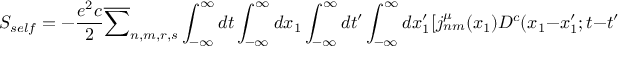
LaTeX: S _ { s e l f } = - \frac { e ^ { 2 } c } { 2 } \overline { { { \sum } } } _ { n , m , r , s } \int _ { - \infty } ^ { \infty } d t \int _ { - \infty } ^ { \infty } d x _ { 1 } \int _ { - \infty } ^ { \infty } d t ^ { \prime } \int _ { - \infty } ^ { \infty } d x _ { 1 } ^ { \prime } [ j _ { n m } ^ { \mu } ( x _ { 1 } ) D ^ { c } ( x _ { 1 } - x _ { 1 } ^ { \prime } ; t - t ^ { \prime } ) j _ { r s , { \mu } } ( x _ { 1 } ^ { \prime } )